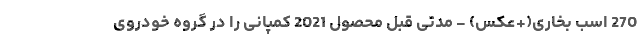
270 اسب بخاری(+عکس) - مدتی قبل محصول 2021 کمپانی را در گروه خودروی